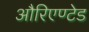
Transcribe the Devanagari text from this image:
औरिएण्टेड